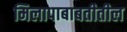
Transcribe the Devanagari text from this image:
मिलापाबाबतीतील